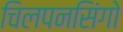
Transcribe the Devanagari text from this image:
चिलपनसिंगो